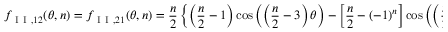
f _ { \mathrm { ~ I ~ I ~ } , 1 2 } ( \theta , n ) = f _ { \mathrm { ~ I ~ I ~ } , 2 1 } ( \theta , n ) = \frac { n } { 2 } \left\{ \left( \frac { n } { 2 } - 1 \right) \cos \left( \left( \frac { n } { 2 } - 3 \right) \theta \right) - \left[ \frac { n } { 2 } - ( - 1 ) ^ { n } \right] \cos \left( \left( \frac { n } { 2 } - 1 \right) \theta \right) \right\}